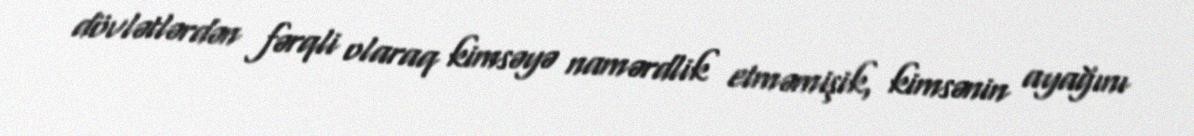
dövlətlərdən fərqli olaraq kimsəyə namərdlik etməmişik, kimsənin ayağını